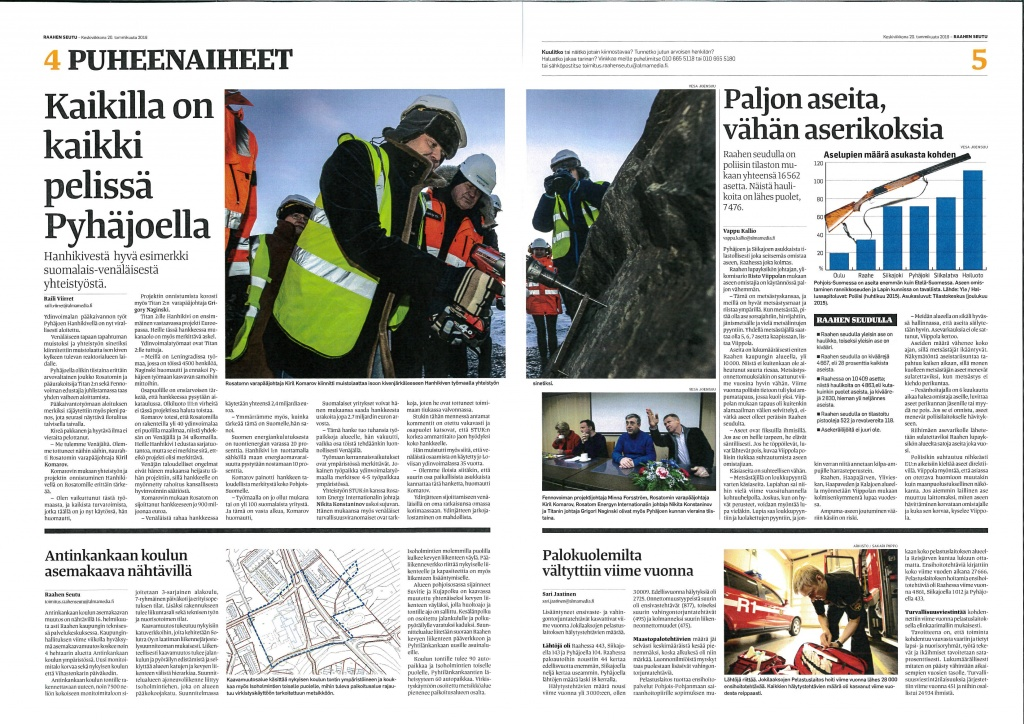
Language: fn